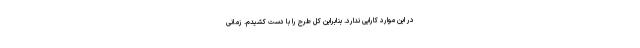
در این موارد کارایی ندارد. بنابراین کل طرح را با دست کشیدم. زمانی